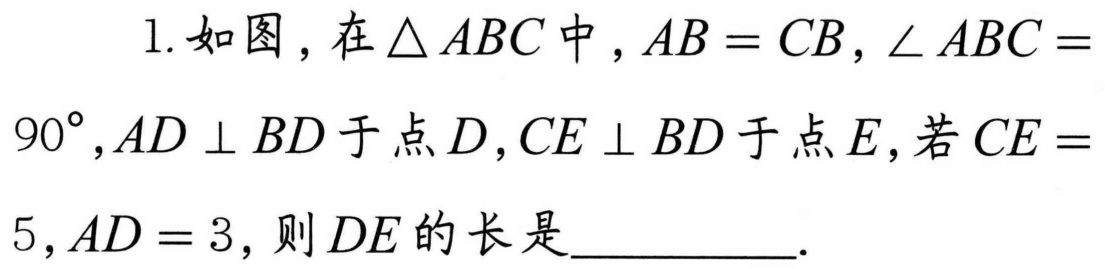
1. 如图，在\(\triangle ABC\)中，\(AB = CB\)，\(\angle ABC = 90^{\circ}\)，\(AD\perp BD\)于点\(D\)，\(CE\perp BD\)于点\(E\)，若\(CE = 5\)，\(AD = 3\)，则\(DE\)的长是__________.